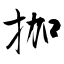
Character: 拁